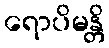
ရောပိမန္တိ